Cholera in India, 1862 to 1881
Year: 1862
Disease focus: Cholera
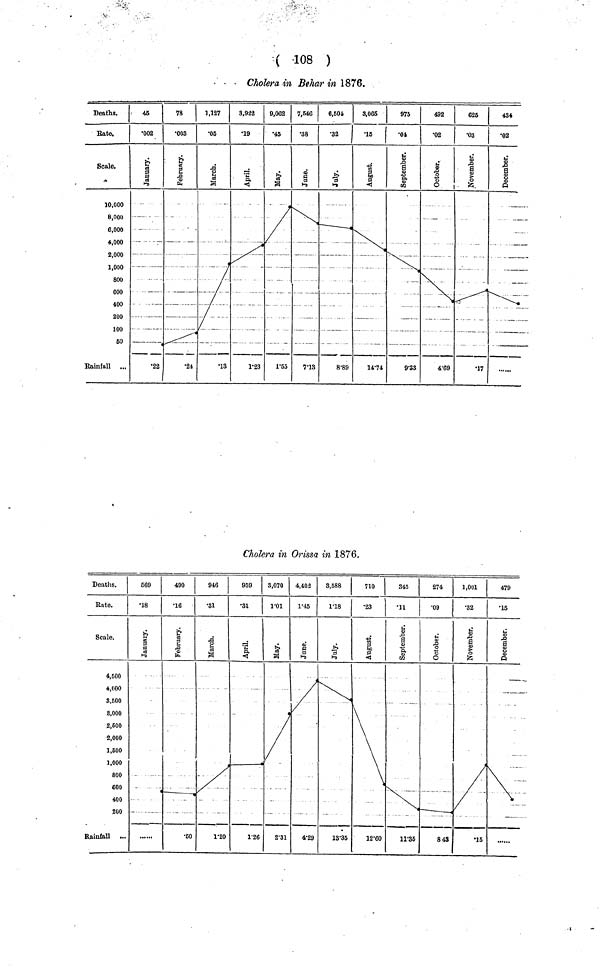
( 108 )
Cholera in Behar in 1876.